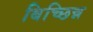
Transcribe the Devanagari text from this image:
बिच्छिन्न